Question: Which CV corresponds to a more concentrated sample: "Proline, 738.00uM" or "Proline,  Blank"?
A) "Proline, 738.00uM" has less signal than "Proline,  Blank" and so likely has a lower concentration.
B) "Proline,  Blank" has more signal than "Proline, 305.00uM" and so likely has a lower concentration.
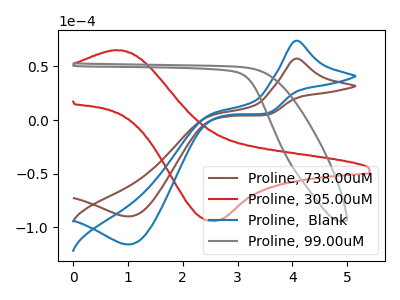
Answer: <think>The brown curve "Proline, 738.00uM" has an anodic peak at (4.05V, 57.25uA) and a cathodic peak at (1.00V, -89.75uA). The red curve "Proline, 305.00uM" has an anodic peak at (0.80V, 65.20uA) and a cathodic peak at (2.60V, -94.25uA). The blue curve "Proline,  Blank" has an anodic peak at (4.05V, 73.95uA) and a cathodic peak at (1.00V, -115.85uA). The gray curve "Proline, 99.00uM" has no peaks.
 All the peaks in "Proline, 738.00uM" have a peak in "Proline,  Blank" at the same potential. Every peak in "Proline, 738.00uM" is lower than every peak in "Proline,  Blank".</think>
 <answer>A) "Proline, 738.00uM" has less signal than "Proline,  Blank" and so likely has a lower concentration.</answer>
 <eval>A</eval>